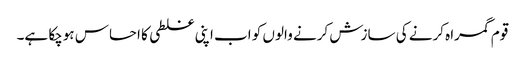
قوم گمراہ کرنے کی سازش کرنے والوں کو اب اپنی غلطی کا احساس ہوچکا ہے۔